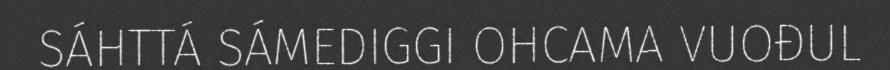
SÁHTTÁ SÁMEDIGGI OHCAMA VUOĐUL